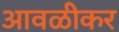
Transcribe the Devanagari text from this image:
आवळीकर